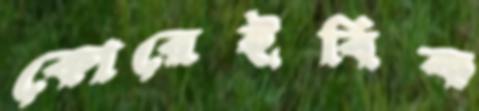
কোরেইবিক